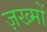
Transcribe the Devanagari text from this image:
ज़ख्‍मों